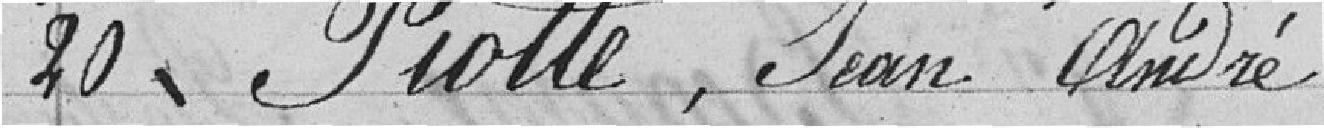
20 Piotte, Jean André